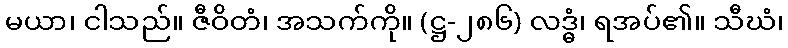
မယာ၊ ငါသည်။ ဇီဝိတံ၊ အသက်ကို။ (ဋ္ဌ-၂၈၆) လဒ္ဓံ၊ ရအပ်၏။ သီဃံ၊